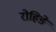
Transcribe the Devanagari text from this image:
रोहिङे